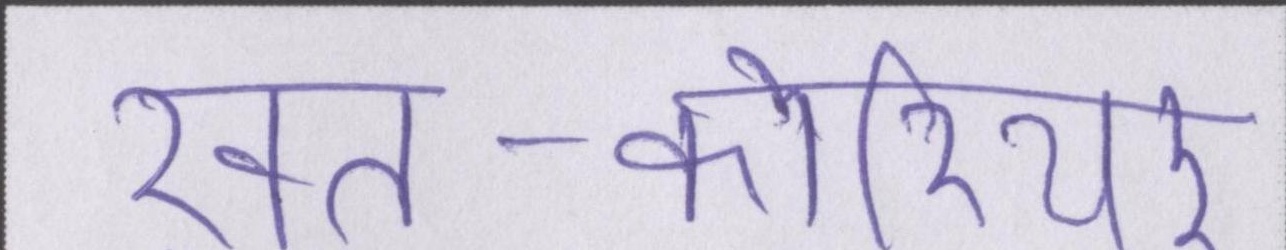
ख़त-कोरियर